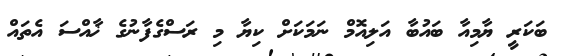
ބަކަރީ ޔާމިއާ ބައުބާ އަލިއޮމް ނަމަކަށް ކިޔާ މި ރަސްގެފާނުގެ ޚާއްސަ އެތައް